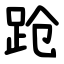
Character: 跄